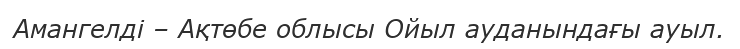
Амангелді – Ақтөбе облысы Ойыл ауданындағы ауыл.